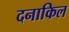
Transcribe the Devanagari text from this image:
दनाकिल